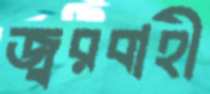
জ্বরবাহী